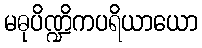
မဓုပိဏ္ဍိကပရိယာယော